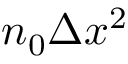
n _ { 0 } \Delta x ^ { 2 }